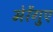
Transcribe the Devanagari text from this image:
मेरेंगुए